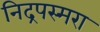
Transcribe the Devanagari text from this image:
निद्रपस्मरा